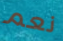
نعم